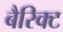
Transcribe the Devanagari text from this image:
बैरिक्ट